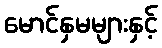
မောင်နှမများနှင့်